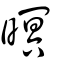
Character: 暝